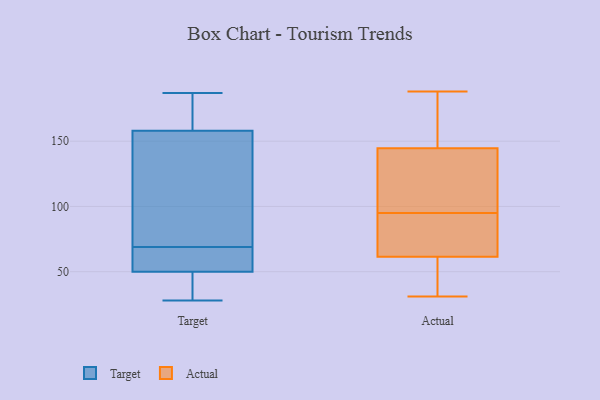
{"axis": {"x": "Headcount", "y": "Value"}, "legend": ["Actual", "Target"], "data": [{"x": "", "y": 59, "type": "Target"}, {"x": "", "y": 84, "type": "Target"}, {"x": "", "y": 131, "type": "Target"}, {"x": "", "y": 179, "type": "Target"}, {"x": "", "y": 90, "type": "Target"}, {"x": "", "y": 28, "type": "Target"}, {"x": "", "y": 167, "type": "Target"}, {"x": "", "y": 34, "type": "Target"}, {"x": "", "y": 187, "type": "Target"}, {"x": "", "y": 69, "type": "Target"}, {"x": "", "y": 187, "type": "Target"}, {"x": "", "y": 67, "type": "Target"}, {"x": "", "y": 47, "type": "Target"}, {"x": "", "y": 65, "type": "Target"}, {"x": "", "y": 31, "type": "Target"}, {"x": "", "y": 91, "type": "Actual"}, {"x": "", "y": 134, "type": "Actual"}, {"x": "", "y": 97, "type": "Actual"}, {"x": "", "y": 155, "type": "Actual"}, {"x": "", "y": 40, "type": "Actual"}, {"x": "", "y": 165, "type": "Actual"}, {"x": "", "y": 121, "type": "Actual"}, {"x": "", "y": 67, "type": "Actual"}, {"x": "", "y": 33, "type": "Actual"}, {"x": "", "y": 184, "type": "Actual"}, {"x": "", "y": 69, "type": "Actual"}, {"x": "", "y": 126, "type": "Actual"}, {"x": "", "y": 188, "type": "Actual"}, {"x": "", "y": 31, "type": "Actual"}, {"x": "", "y": 93, "type": "Actual"}, {"x": "", "y": 56, "type": "Actual"}]}